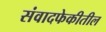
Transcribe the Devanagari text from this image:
संवादफेकीतील